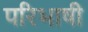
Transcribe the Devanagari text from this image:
परिभाषी